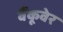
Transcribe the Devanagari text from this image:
वैंकूवेर